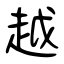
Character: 越